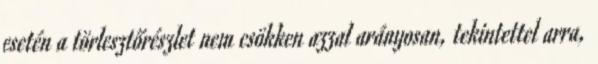
esetén a törlesztőrészlet nem csökken azzal arányosan, tekintettel arra,